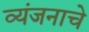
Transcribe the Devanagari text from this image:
व्यंजनाचे